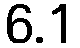
6.1